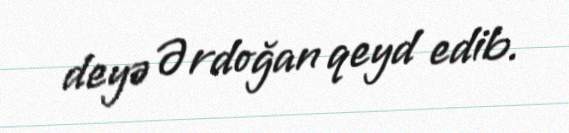
deyə Ərdoğan qeyd edib.